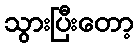
သွားပြီးတော့